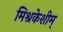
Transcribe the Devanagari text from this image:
मिश्रकेशीम्